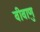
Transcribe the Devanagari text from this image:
वीवाणु